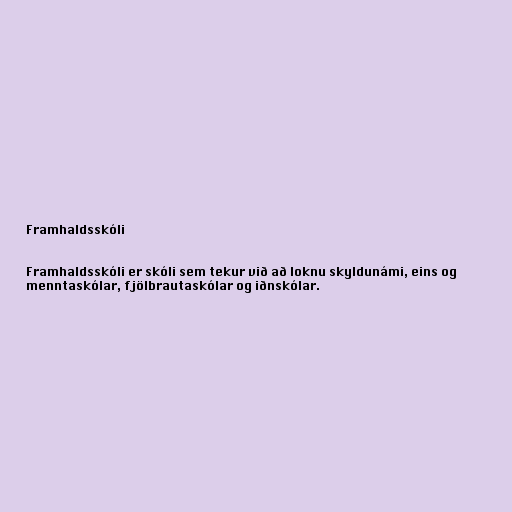
Framhaldsskóli

Framhaldsskóli er skóli sem tekur við að loknu skyldunámi, eins og
menntaskólar, fjölbrautaskólar og iðnskólar.